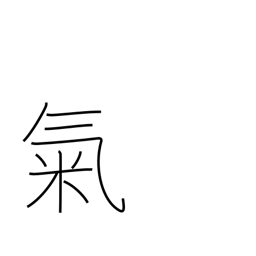
Meaning: mood